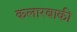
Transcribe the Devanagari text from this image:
कलारबाकी